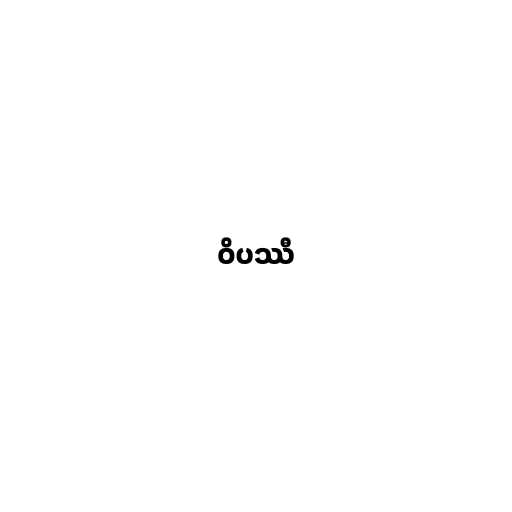
ဝိပဿီ